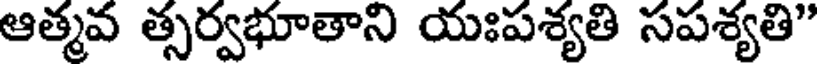
ఆత్మవ త్సర్వభూతాని యఃపశ్యతి సపశ్యతి"